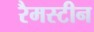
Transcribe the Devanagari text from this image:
रैमस्टीन